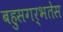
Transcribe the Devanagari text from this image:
बहुसगर्भतेस